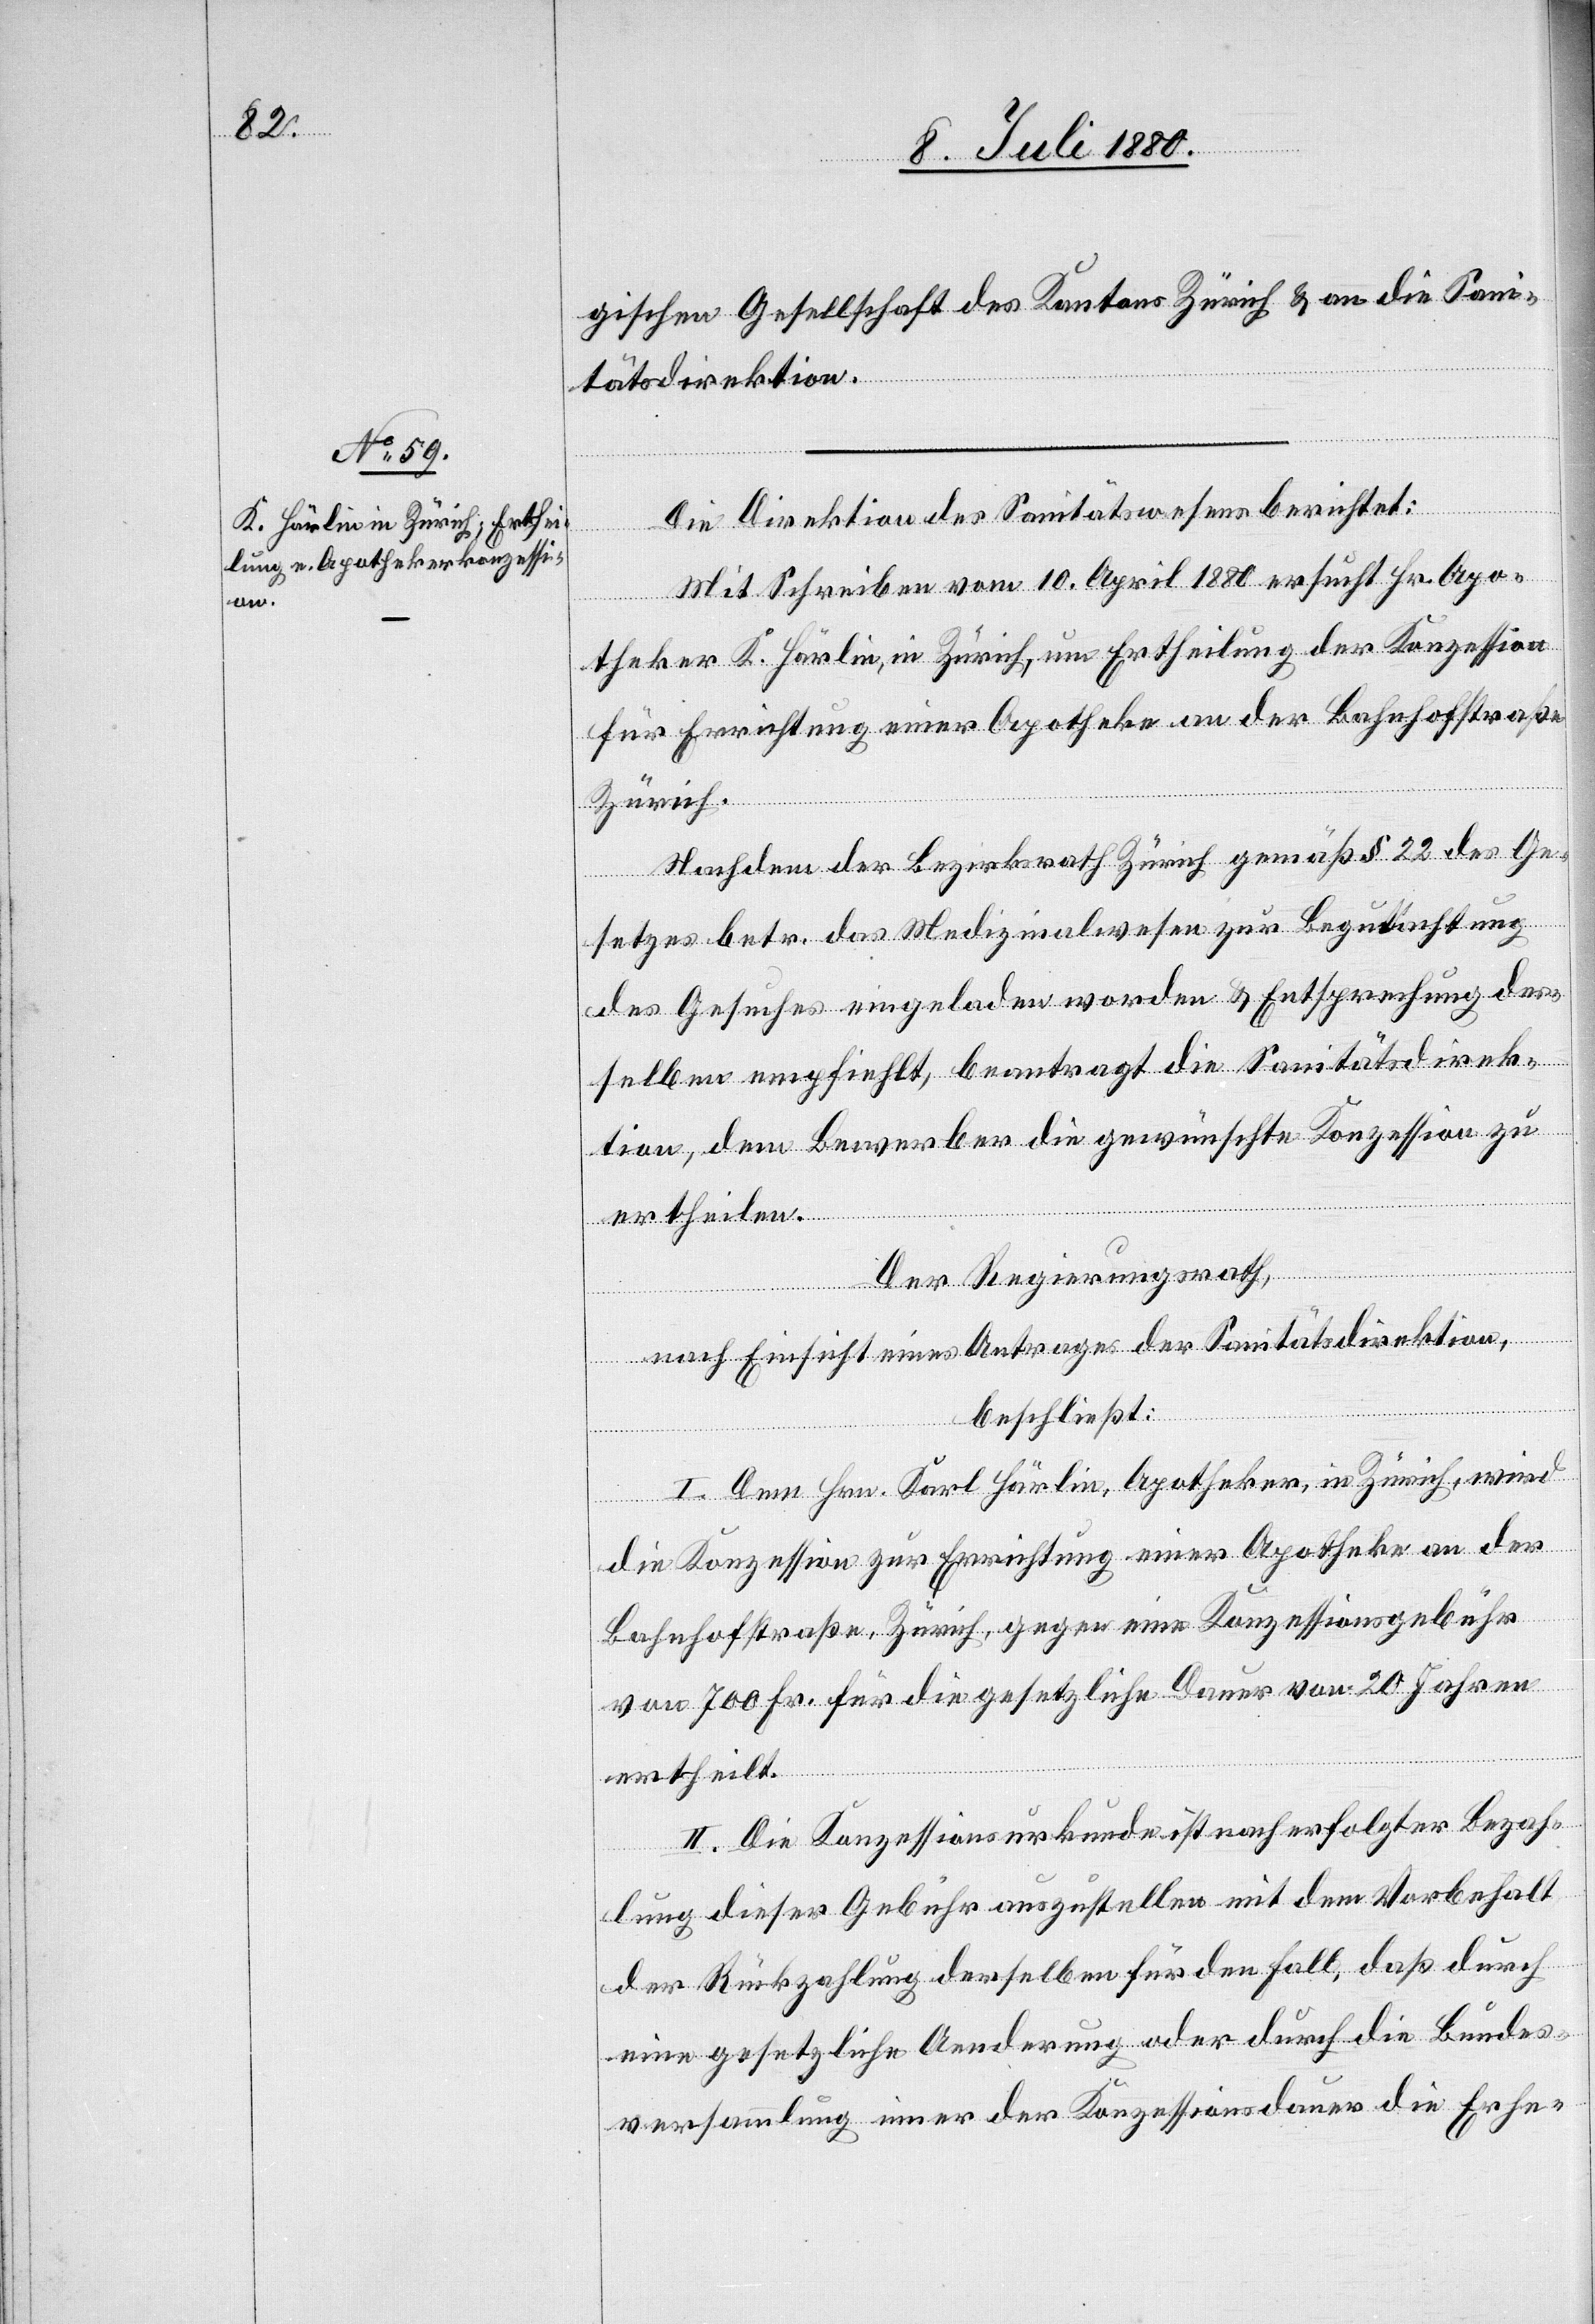
Die Direktion des Sanitätswesens berichtet:
Mit Schreiben vom 10. April 1880 ersucht Hr. Apo¬
theker K. Härlin, in Zürich, um Ertheilung der Konzession
für Errichtung einer Apotheke an der Bahnhofstraße
Zürich.
Nach dem der Bezirksrath Zürich gemäß § 22 des Ge¬
setzes betr. das Medizinalwesen zur Begutachtung
des Gesuches eingeladen worden & Entsprechung des¬
selben empfiehlt, beantragt die Sanitätsdirek¬
tion, dem Bewerber die gewünschte Konzession zu
ertheilen.
Der Regierungsrath,
nach Einsicht eines Antrages der Sanitätsdirektion,
beschließt:
I. Dem Hrn. Karl Härlin, Apotheker, in Zürich, wird
die Konzession zur Errichtung einer Apotheke an der
Bahnhofstrasse, Zürich, gegen eine Konzessionsgebühr
von 700 Fr. für die gesetzliche Dauer von 20 Jahre
ertheilt.
II. Die Konzessionsurkunde ist nach erfolgter Bezah¬
lung dieser Gebühr auszustellen mit dem Vorbehalt
der Rückzahlung derselben für den Fall, daß durch
eine gesetzliche Aenderung oder durch die Bundes¬
versammlung einer der Konzessionsdauer die Erhe-